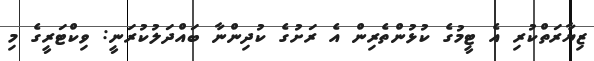
ޒިޔާރަތްކުރި އެ ޓީމުގެ ކުޅުންތެރިން އެ ރަށުގެ ކުދިންނާ ބައްދަލުކުރަނީ: ވިކްޓަރީގެ މި